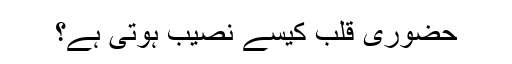
حضورِیِ قلب کیسے نصیب ہوتی ہے؟